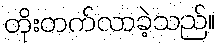
တိုးတက်လာခဲ့သည်။